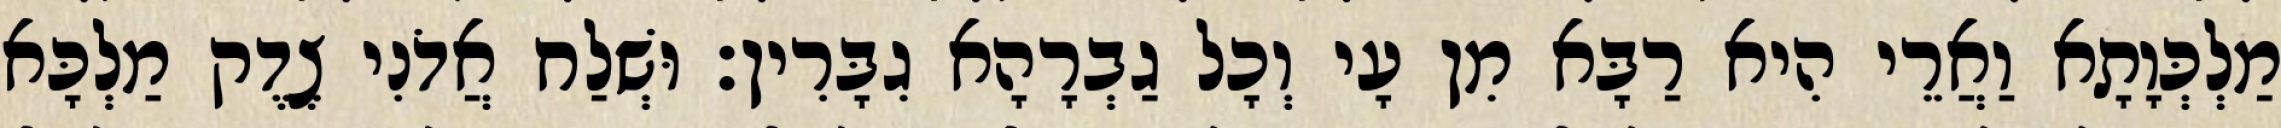
מַלְכְּוָתָא וַאֲרֵי הִיא רַבָּא מִן עָי וְכָל גַבְרָהָא גִבָּרִין׃ וּשְׁלַח אֲדֹנִי צֶדֶק מַלְכָּא